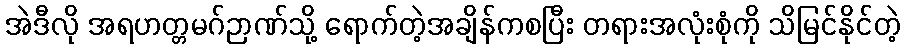
အဲဒီလို အရဟတ္တမဂ်ဉာဏ်သို့ ရောက်တဲ့အချိန်ကစပြီး တရားအလုံးစုံကို သိမြင်နိုင်တဲ့